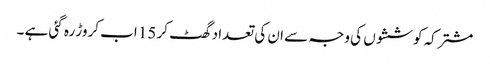
مشترکہ کوششوں کی وجہ سے ان کی تعداد گھٹ کر 15 اب کروڑ رہ گئی ہے ۔